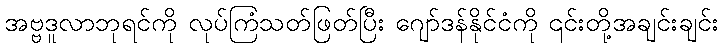
အဗ္ဗဒူလာဘုရင်ကို လုပ်ကြံသတ်ဖြတ်ပြီး ဂျော်ဒန်နိုင်ငံကို ၎င်းတို့အချင်းချင်း